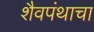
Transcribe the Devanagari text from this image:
शैवपंथाचा